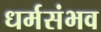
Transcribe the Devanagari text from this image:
धर्मसंभव